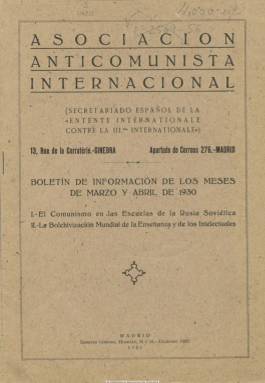
Título: Boletín de información de los meses...
Colección: Política
Ámbito geográfico: Madrid
Lugar de publicación: Madrid
Fechas: 01/03/1930-31/03/1930

Este boletín, correspondiente a los meses de marzo y abril de 1930, es uno de los que fueron publicados por el Secretariado Español de la Entente Internationale contre la IIIe Internationale, es decir, la primera organización mundial anti-Komitern, fundada en París en 1924 y con sede en Ginebra desde 1925, cuyo objetivo era destruir el comunismo (bolchevismo) en todas sus manifestaciones (políticas, económicas y morales) y a cuyo frente se encontraba el abogado suizo Teodoro Aubert (1878-1963), como presidente de su Bureau permanente, por lo que también fue conocida como la Liga Aubert. La actividad propagandística de la Entente (que después será conocida por sus siglas EIA) para la formación de una opinión anticomunista empezó ese mismo año 1924 en España a través del Centro Español Antibolchevista, al frente de la cual se encontrará el periodista y activista somatén Luis de Andrés y Morera, con la publicación de opúsculos, folletos, panfletos y artículos anticomunistas en la prensa, además de unos boletines, algunos de ellos mecanografiados y ciclostilados o de circulación restringida, así como, al menos desde septiembre de 1926, con una edición española de la Revista antibolchevista.

El secretariado español de la Entente fue fundado en abril de 1925, estableciendo relaciones directas y estrechas con representantes gubernamentales, políticos, económicos, sociales y culturales, del periodismo o de la judicatura, y especialmente con dirigentes de los sectores católicos integristas, de las patronales y los gremios o de las fuerzas de seguridad y del ejército; y los generales Emilio Mola y Francisco Franco, entre otros mandos militares, mantuvieron con la internacional anticomunista una prolongada vinculación, llegando a ostentar esta casi un carácter semi-oficial con el régimen dictatorial primoriverista, además de las relaciones que la Entente mantendrá con los partidos fascista y nazi en las dictaduras de Italia y Alemania, respectivamente. A partir de 1927 asumirá la dirección del secretariado español el coronel José Ungría Giménez (1890-1968), que durante la guerra civil española estará al frente de los servicios secretos de los sublevados, y en 1928 la Entente ya dispondrá de filiales en 26 países del mundo, que, además de recabar recursos financieros contarán con su correspondiente “Comité Secreto”.

Este boletín de la colección de la Biblioteca Nacional de España, correspondiente a los primeros meses de 1930, contiene dos textos. El primero bajo el título El comunismo en las escuelas de la Rusia soviética y, el segundo, La bolchivización mundial de la enseñanza y de los intelectuales. Es una publicación de una veintena de páginas, compuestas a dos columnas, y estampada en la imprenta que Ernesto Giménez tenía en la calle Huertas, de Madrid. Encabeza su portada la indicación Asociación Anticomunista Internacional, e indica un apartado de correos como contacto. El boletín indica que la información que contiene tiene “por objeto advertir a los ciudadanos españoles de la extensión e intensidad del movimiento comunista en el mundo”.

Los archivos de la Entente se conservan desde 1945 en el departamento de manuscritos de la Biblioteca Pública y Universitaria de Ginebra, cuya consulta es libre desde 1991 y que ha dado lugar a investigaciones como la de Michel Caillat. En España, se han ocupado de investigarla, entre otros, Eduardo González Calleja y Fernando del Rey Reguillo, a través de un estudio del CSIC de 1995, y con materiales procedentes, entre otros, del Archivo Histórico Nacional.